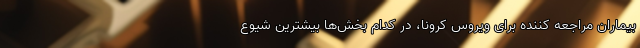
بیماران مراجعه کننده برای ویروس کرونا، در کدام بخش‌ها بیشترین شیوع